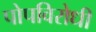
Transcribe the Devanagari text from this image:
पोपविरोधी